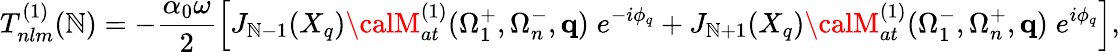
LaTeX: T_{nlm}^{(1)}(\mathbb{N})=-\frac{{\alpha_{0}\omega}}{{2}}\left[J_{\mathbb{N}-1}(X_{q}){\calM}_{at}^{(1)}(\Omega_{1}^{+},\Omega_{n}^{-},\mathbf{{q}})\; e^{-i\phi_{q}}+J_{\mathbb{N}+1}(X_{q}){\calM}_{at}^{(1)}(\Omega_{1}^{-},\Omega_{n}^{+},\mathbf{{q}})\; e^{i\phi_{q}}\right],